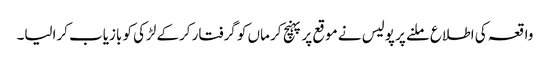
واقعہ کی اطلاع ملنے پر پولیس نے موقع پر پہنچ کر ماں کو گرفتار کرکے لڑکی کو بازیاب کرالیا۔